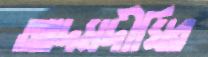
আদমদীঘির